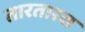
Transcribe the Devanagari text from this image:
तारतारस